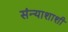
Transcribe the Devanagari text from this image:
संन्याशाशी